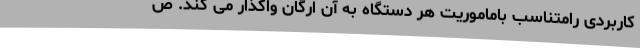
کاربردی رامتناسب باماموریت هر دستگاه به آن ارگان واگذار می کند. ص